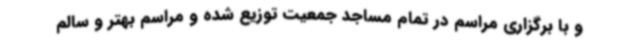
و با برگزاری مراسم در تمام مساجد جمعیت توزیع شده و مراسم بهتر و سالم